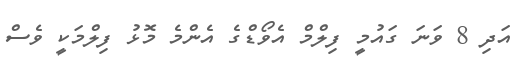
އަދި 8 ވަނަ ގައުމީ ފިލްމް އެވޯޑްގެ އެންމެ މޮޅު ފިލްމަކީ ވެސް